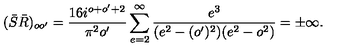
( \bar { S } \bar { R } ) _ { o o ^ { \prime } } = { \frac { 1 6 i ^ { o + o ^ { \prime } + 2 } } { \pi ^ { 2 } o ^ { \prime } } } \sum _ { e = 2 } ^ { \infty } { \frac { e ^ { 3 } } { ( e ^ { 2 } - ( o ^ { \prime } ) ^ { 2 } ) ( e ^ { 2 } - o ^ { 2 } ) } } = \pm \infty .